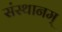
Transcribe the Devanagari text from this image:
संस्थानम्